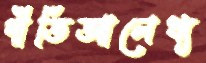
গীতিআলেখ্য